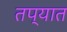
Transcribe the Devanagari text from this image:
तप्यात